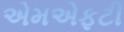
એમએફટી